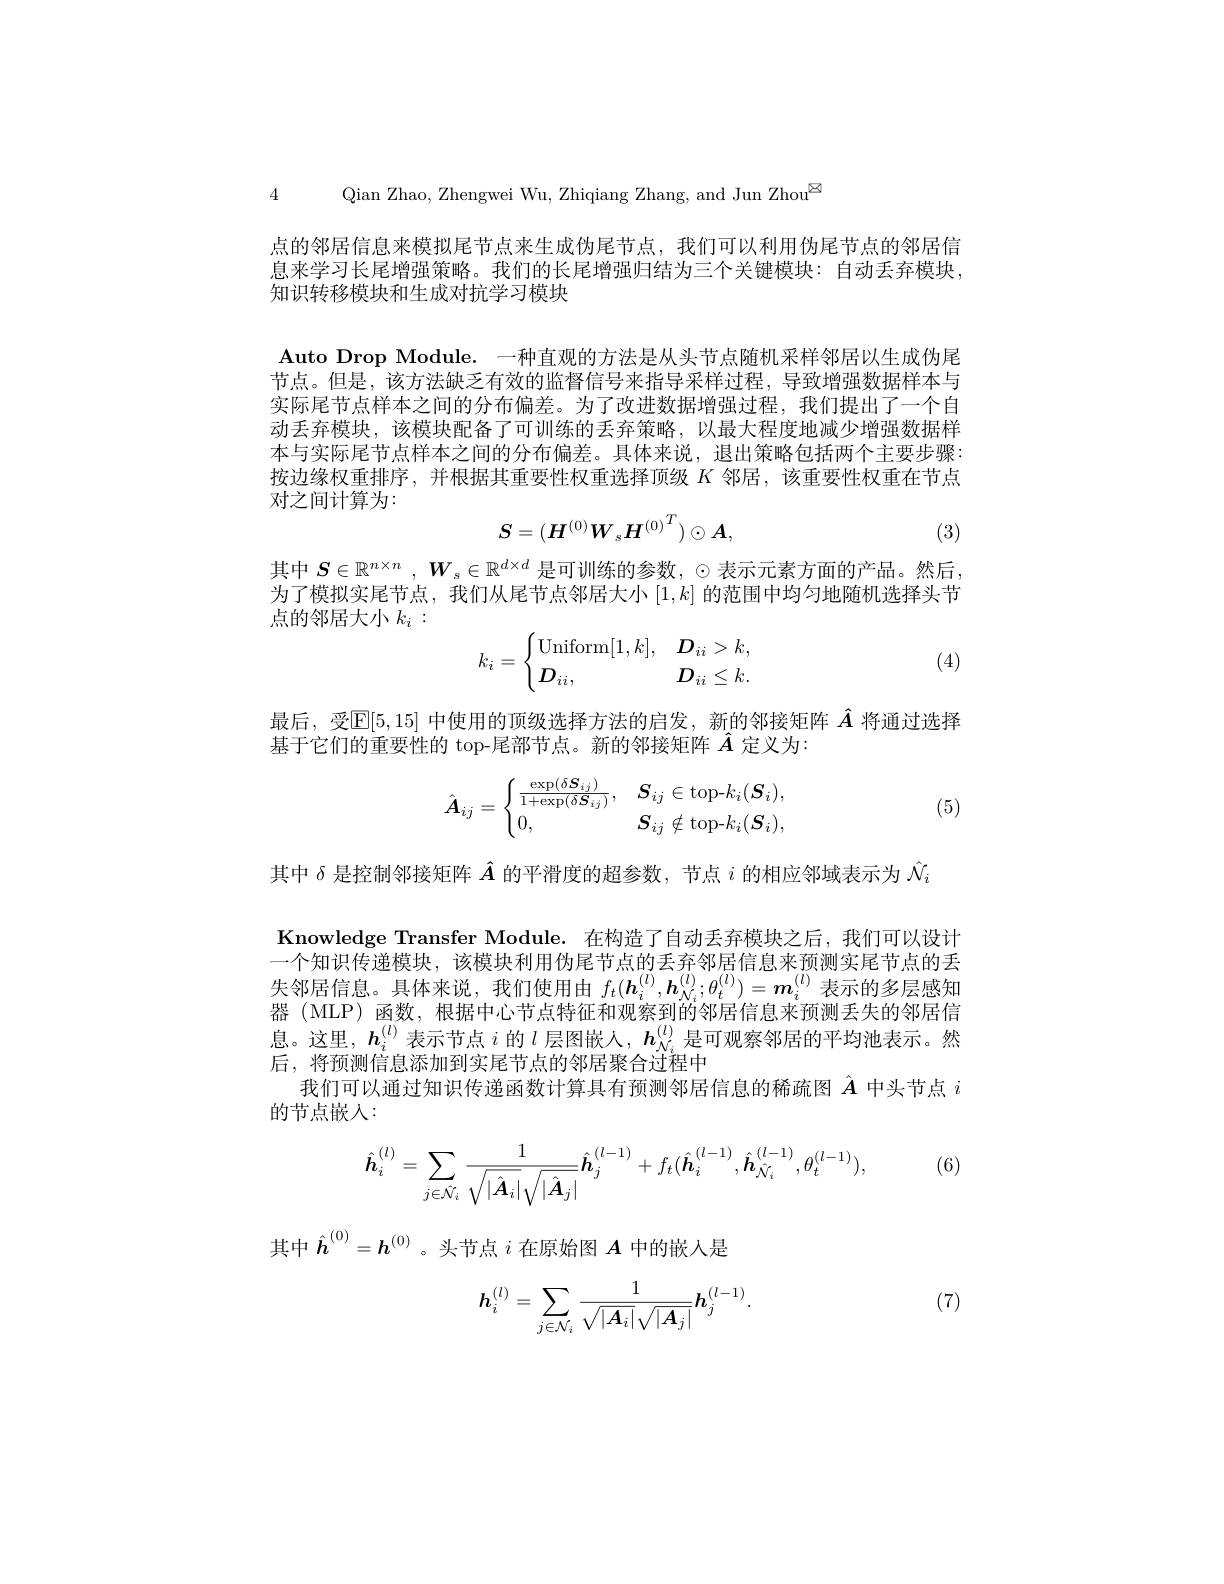
4 Qian Zhao, Zhengwei Wu, Zhiqiang Zhang, and Jun Zhou$^{\textcircled{\mathrm{z}}}$

点的邻居信息来模拟尾节点来生成伪尾节点，我们可以利用伪尾节点的邻居信息来学习长尾增强策略。我们的长尾增强归结为三个关键模块：自动丢弃模块知识转移模块和生成对抗学习模块

Auto Drop Module. 一种直观的方法是从头节点随机采样邻居以生成伪尾节点。但是，该方法缺乏有效的监督信号来指导采样过程，导致增强数据样本与实际尾节点样本之间的分布偏差。为了改进数据增强过程，我们提出了一个自动丢弃模块，该模块配备了可训练的丢弃策略，以最大程度地减少增强数据样本与实际尾节点样本之间的分布偏差。具体来说，退出策略包括两个主要步骤按边缘权重排序，并根据其重要性权重选择顶级$K$邻居，该重要性权重在节点对之间计算为：
$$S=(\boldsymbol{H}^{(0)}\boldsymbol{W}_s\boldsymbol{H}^{(0)}^T)\odot\boldsymbol{A},$$
(3)

其中$S\in\mathbb{R}^{n\times n},W_s\in\mathbb{R}^{d\times d}$是可训练的参数，$\odot$表示元素方面的产品。然后， 为了模拟实尾节点，我们从尾节点邻居大小$[1,k]$的范围中均匀地随机选择头节点的邻居大小$k_i:$
$$k_i=\begin{cases}\operatorname{Uniform}[1,k],&\boldsymbol{D}_{ii}>k,\\\boldsymbol{D}_{ii},&\boldsymbol{D}_{ii}\leq k.\end{cases}$$
(4)

最后，受$\overline{\mathbb{E}}[5,15]$中使用的顶级选择方法的启发，新的邻接矩阵$\hat{A}$将通过选择
基于它们的重要性的 top-尾部节点。新的邻接矩阵$\hat{A}$定义为：
$$\hat{\boldsymbol{A}}_{ij}=\begin{cases}\frac{\exp(\delta\boldsymbol{S}_{ij})}{1+\exp(\delta\boldsymbol{S}_{ij})},&\boldsymbol{S}_{ij}\in\text{top-}k_i(\boldsymbol{S}_i),\\0,&\boldsymbol{S}_{ij}\notin\text{top-}k_i(\boldsymbol{S}_i),\end{cases}$$
(5)

其中$\delta$是控制邻接矩阵$\hat{A}$的平滑度的超参数，节点$i$的相应邻域表示为$\hat{N}_i$
Knowledge Transfer Module. 在构造了自动丢弃模块之后，我们可以设计一个知识传递模块，该模块利用伪尾节点的丢弃邻居信息来预测实尾节点的丢失邻居信息。具体来说，我们使用由$f_t(\boldsymbol{h}_i^{(l)},\boldsymbol{h}_{\mathcal{N}_i}^{(l)};\theta_t^{(l)})=\boldsymbol{m}_i^{(l)}$表示的多层感知器 (MLP) 函数，根据中心节点特征和观察到的邻居信息来预测丢失的邻居信息。这里，$\boldsymbol{h}_i^{(l)}$表示节点$i$的$l$层图嵌人，$\boldsymbol{h}_{\mathcal{N}_i}^{(l)}$是可观察邻居的平均池表示。然后，将预测信息添加到实尾节点的邻居聚合过程中
我们可以通过知识传递函数计算具有预测邻居信息的稀疏图$\hat{A}$中头节点$i$
的节点嵌入：

(6)
$$\hat{\boldsymbol{h}}_i^{(l)}=\sum_{j\in\hat{\mathcal{N}}_i}\frac{1}{\sqrt{|\hat{\boldsymbol{A}}_i|}\sqrt{|\hat{\boldsymbol{A}}_j|}}\hat{\boldsymbol{h}}_j^{(l-1)}+f_t(\hat{\boldsymbol{h}}_i^{(l-1)},\hat{\boldsymbol{h}}_{\hat{\mathcal{N}}_i}^{(l-1)},\theta_t^{(l-1)}),$$
其中$\hat{h}^{(0)}=h^{(0)}$ 。头节点$i$在原始图$A$中的嵌入是

(7)
$$\boldsymbol{h}_i^{(l)}=\sum_{j\in\mathcal{N}_i}\frac{1}{\sqrt{|\boldsymbol{A}_i|}\sqrt{|\boldsymbol{A}_j|}}\boldsymbol{h}_j^{(l-1)}.$$